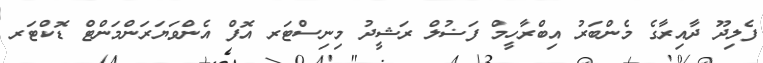
ފެލިދޫ ދާއިރާގެ މެންބަރު އިބްރާހީމް ފަޟުލް ރަޝީދު މިނިސްޓަރ އޮފް އެންވަޔަރަންމަންޓް ޑޮކްޓަރ